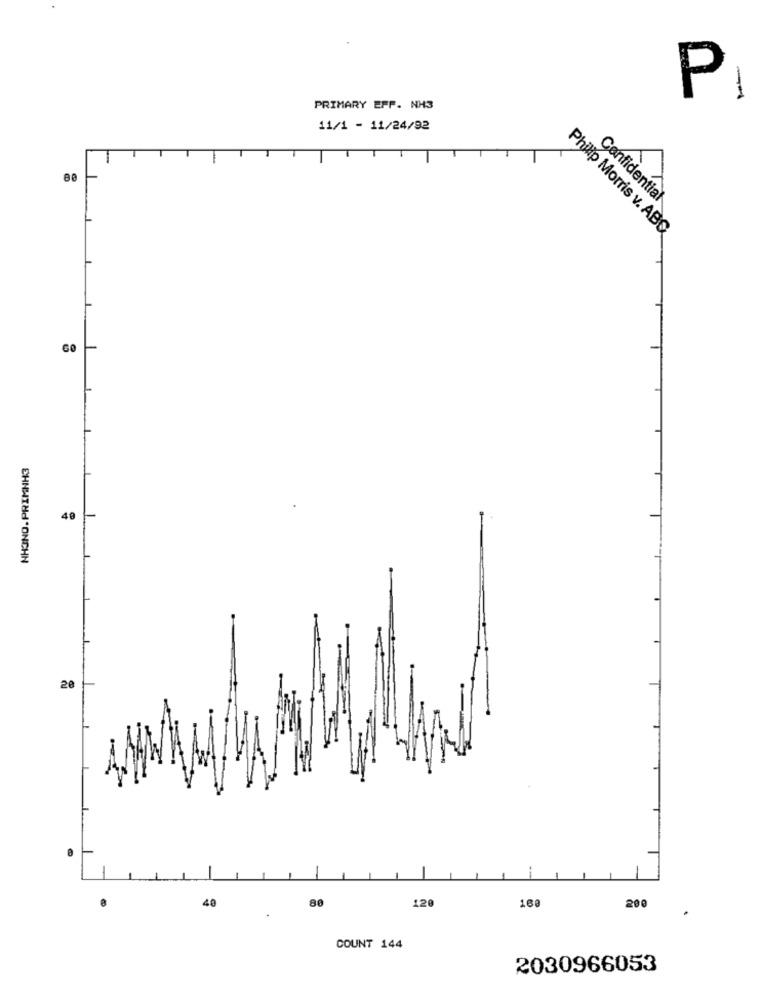
P
PRIMARY EPP. NH3
11/1 - 11/24/92
Confidential
Philip Morris v. ABC
NHONO.PRIMNH3
40
20
40
80
120
160
200
COUNT 144
2030966053